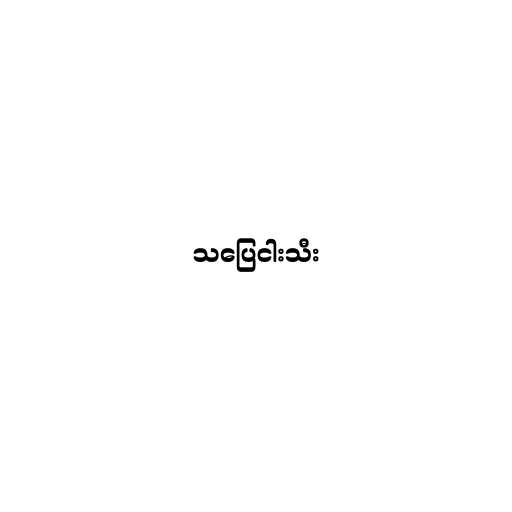
သပြေငါးသီး